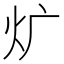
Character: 𤆓